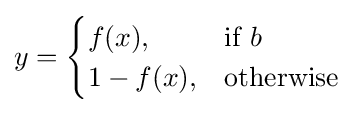
y={\begin{cases}f(x),&{\text{if }}b\\1-f(x),&{\text{otherwise}}\end{cases}}